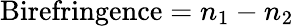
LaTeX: \textnormal{Birefringence}=n_{1}-n_{2}